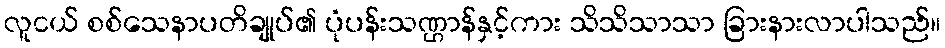
လူငယ် စစ်သေနာပတိချုပ်၏ ပုံပန်းသဏ္ဌာန်နှင့်ကား သိသိသာသာ ခြားနားလာပါသည်။